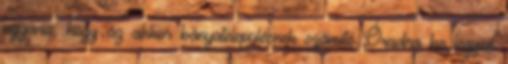
ugyanis, hogy az akkor bányatelepülésnek számító Óradna be legyen